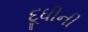
દૂધીની